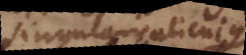
singularis alicujus